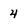
Character: 4